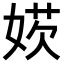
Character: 𡞁